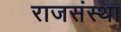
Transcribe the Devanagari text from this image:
राजसंस्था